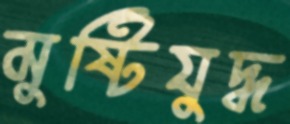
মুষ্টিযুদ্ধ